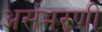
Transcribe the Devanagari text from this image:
असंभरणी